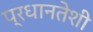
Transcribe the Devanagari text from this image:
प्रधानतेशी